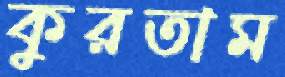
কুরতাম